Vaccination United Provinces of Agra and Oudh 1902-1913 - 1902-1913
Year: 1902
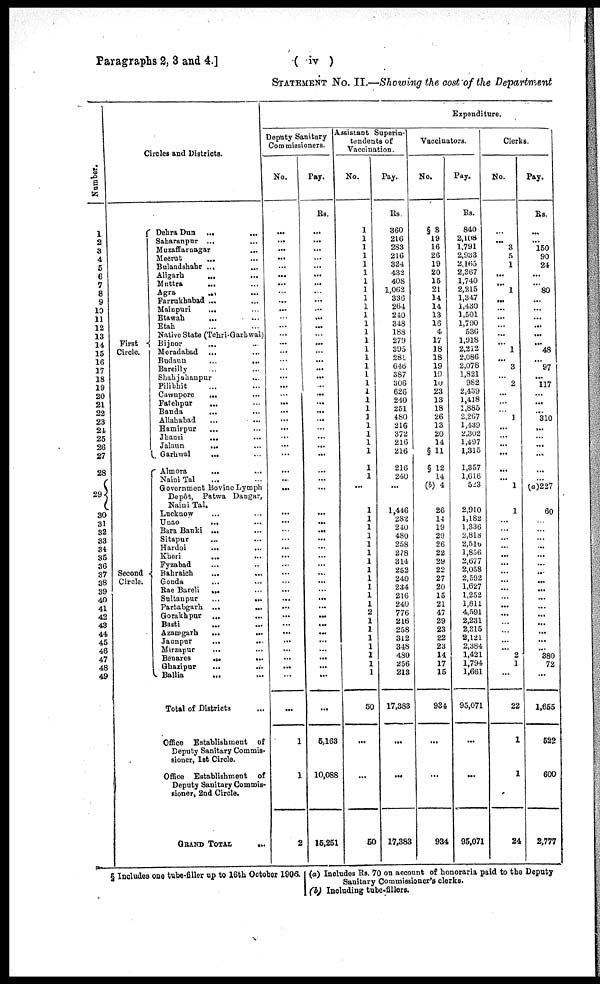
Paragraphs 2, 3 and 4.]
( iv )
STATEMENT No. II.—Showing the cost of the Department
Number.
1
2
3
4
5
6
7
8
9
10
11
12
13
14
15
16
17
18
19
20
21
22
23
24
25
26
27
28
29
30
31
32
33
34
35
36
37
38
39
40
41
42
43
44
45
46
47
48
49
Circles and Districts.
First
Circle.
Second
Circle.
Dehra Dun ... ...
Saharanpur ... ...
Muzaffarnagar ... ...
Meerut
... ...
Bulandshahr ... ...
Aligarh
... ...
Muttra
... ...
Agra
... ...
Farrukhabad ... ...
Mainpuri
... ...
Etawah ... ...
Etah ... ...
Native State (Tehri-Garhwal)
Bijnor ... ...
Moradabad ... ...
Budaun
...
...
Bareilly ... ...
Shahjahanpur ... ...
Pilibhit ... ...
Cawnpore ... ...
Fatehpur
... ...
Banda
... ...
Allahabad ... ...
Hamirpur ... ...
Jhansi
... ...
Jalaun
... ...
Garhwal
... ...
Almora
... ...
Naini Tal ... ...
Government Bovine Lymph
Depôt, Patwa Dangar,
Naini Tal.
Lucknow ... ...
Unao
... ...
Bara Banki ... ...
Sitapur ... ...
Hardoi
... ...
Kheri
... ...
Fyzabad ... ...
Bahraich
... ...
Gonda ... ...
Rae Bareli ... ...
Sultanpur
...
...
Partabgarh ...
...
Gorakhpur ... ...
Basti ... ...
Azamgarh
...
...
Jaunpur
...
...
Mirzapur ... ...
Benares ... ...
Ghazipur
... ...
Ballia
... ...
Total of Districts ...
Office Establishment of
Deputy Sanitary Commis-
sioner, 1st Circle.
Office Establishment of
Deputy Sanitary Commis-
sioner, 2nd Circle.
GRAND TOTAL ...
Expenditure.
Deputy Sanitary
Commissioners.
No.
...
...
...
...
...
...
...
...
...
...
...
...
...
...
...
...
...
...
...
...
...
...
...
...
...
...
...
...
...
...
...
...
...
...
...
...
...
...
...
...
...
...
...
...
...
...
...
...
...
...
...
1
1
2
Pay.
Rs.
...
...
...
...
...
...
...
...
...
...
...
...
...
...
...
...
...
...
...
...
...
...
...
...
...
...
...
...
...
...
...
...
...
...
...
...
...
...
...
...
...
...
...
...
...
...
...
...
...
...
...
5,163
10,088
15,251
Assistant Superin-
tendents of
Vaccination.
No.
1
1
1
1
1
1
1
1
1
1
1
1
1
1
1
1
1
1
1
1
1
1
1
1
1
1
1
1
1
...
1
1
1
1
1
1
1
1
1
1
1
1
2
1
1
1
1
1
1
1
50
...
...
50
Pay.
Rs.
360
216
283
216
324
432
408
1,062
336
264
240
348
188
279
395
281
646
387
306
626
240
251
480
216
372
216
216
216
240
...
1,446
282
240
480
258
278
314
252
240
234
216
240
776
216
258
312
348
480
256
213
17,383
...
...
17,383
Vaccinators.
No.
§ 8
19
16
26
19
20
15
21
14
14
13
16
4
17
18
18
19
19
10
23
13
18
26
13
20
14
§ 11
§ 12
14
(b) 4
26
14
19
29
26
22
29
22
27
20
15
21
47
29
23
22
23
14
17
15
934
...
...
934
Pay.
Rs.
840
2,108
1,791
2,933
2,165
2,367
1,740
2,215
1,347
1,430
1,501
1,790
536
1,918
2,212
2,086
2,078
1,821
982
2,439
1,418
1,885
2,267
1,439
2,302
1,497
1,315
1,357
1,616
523
2,910
1,182
1,336
2,818
2,516
1,856
2,677
2,058
2,592
1,627
1,252
1,811
4,591
2,231
2,315
2,121
2,384
1,421
1,794
1,661
95,071
...
...
95,071
Clerks.
No.
...
...
3
5
1
...
...
1
...
...
...
...
...
...
1
...
3
...
2
...
...
...
1
...
...
...
...
...
...
1
1
...
...
...
...
...
...
...
...
...
...
...
...
...
...
...
...
2
1
...
22
1
1
24
Pay.
Rs.
...
...
150
90
24
...
...
80
...
...
...
...
...
...
48
...
97
...
117
...
...
...
310
...
...
...
...
...
...
(a)227
60
...
...
...
...
...
...
...
...
...
...
...
...
...
...
...
...
380
72
...
1,655
522
600
2,777
§ Includes one tube-filler up to 16th October 1906. (a) Includes Rs. 70 on account of honoraria paid to the Deputy
Sanitary Commissioner's clerks.
(b) Including tube-fillers.